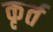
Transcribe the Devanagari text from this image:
कृर्त